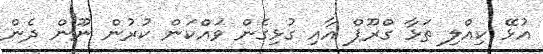
އުޅޭ ކިއްލި ތަޅާ ގްރޫޕް އާއި ގުޅިގެން ވައްކަން ކުރުން ނޫން ދެން